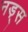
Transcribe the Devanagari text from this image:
नड़्स